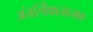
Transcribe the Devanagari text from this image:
अंतर्स्थिकलात्मक